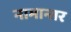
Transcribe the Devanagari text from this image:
नामान्तर